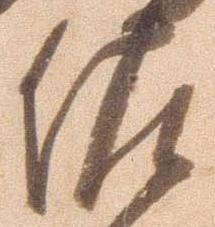
佐